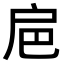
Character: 𢨴